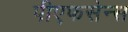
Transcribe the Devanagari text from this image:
पीएफसेन्स